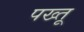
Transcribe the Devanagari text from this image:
पख्तू